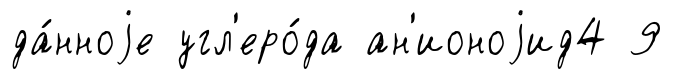
да́нноjе угл'еро́да ан'ионоjид4 9